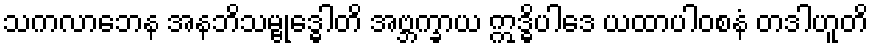
သကလာဘေန အနဘိသမ္ဗုဒ္ဓေါတိ အဗ္ဘက္ခာယ ဣဒ္ဓိပါဒေ ယထာပါဝစနံ တဒါဟူတိ